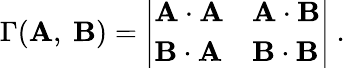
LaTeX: \Gamma(\mathbf{A},\ \mathbf{B})={\left|\begin{array}{ll}{\mathbf{A\cdot A}}&{\mathbf{A\cdot B}}\\ {\mathbf{B\cdot A}}&{\mathbf{B\cdot B}}\end{array}\right|}\ .